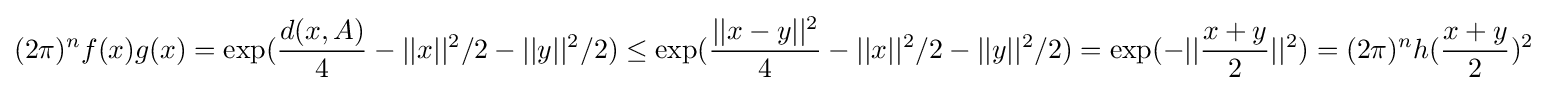
(2\pi )^{n}f(x)g(x)=\exp({\frac {d(x,A)}{4}}-||x||^{2}/2-||y||^{2}/2)\leq \exp({\frac {||x-y||^{2}}{4}}-||x||^{2}/2-||y||^{2}/2)=\exp(-||{\frac {x+y}{2}}||^{2})=(2\pi )^{n}h({\frac {x+y}{2}})^{2}